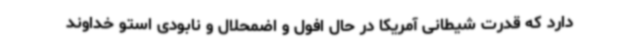
دارد که قدرت شیطانی آمریکا در حال افول و اضمحلال و نابودی استو خداوند